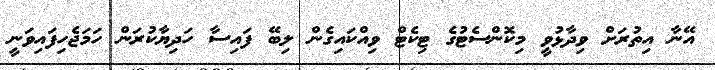
އޭނާ އިތުރަށް ވިދާޅުވީ މިކޮންސެޓުގެ ޓިކެޓް ވިއްކައިގެން ލިބޭ ފައިސާ ހަދިޔާކުރަން ހަމަޖެހިފައިވަނީ